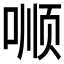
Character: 𱓝